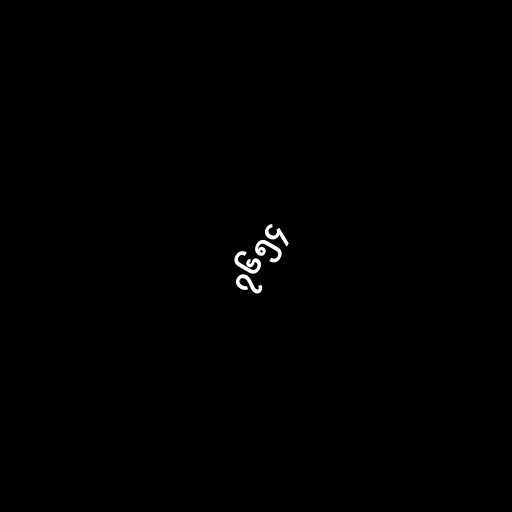
၇၆၅၄